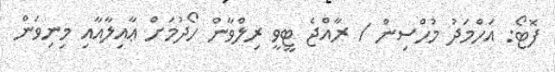
ފޮޓޯ: އަހްމަދު މުހްސިން / ރާއްޖެ ޓީވީ ރިލްވާން ހޯދުމަށް ޢާއިލާއާއި މިނިވަން